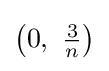
\left(0,\ {\tfrac {3}{n}}\right)